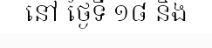
នៅ ថ្ងៃទី ១៨ និង